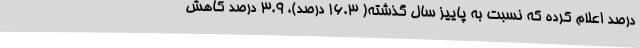
درصد اعلام کرده که نسبت به پاییز سال گذشته( 16.3 درصد)، 3.9 درصد کاهش